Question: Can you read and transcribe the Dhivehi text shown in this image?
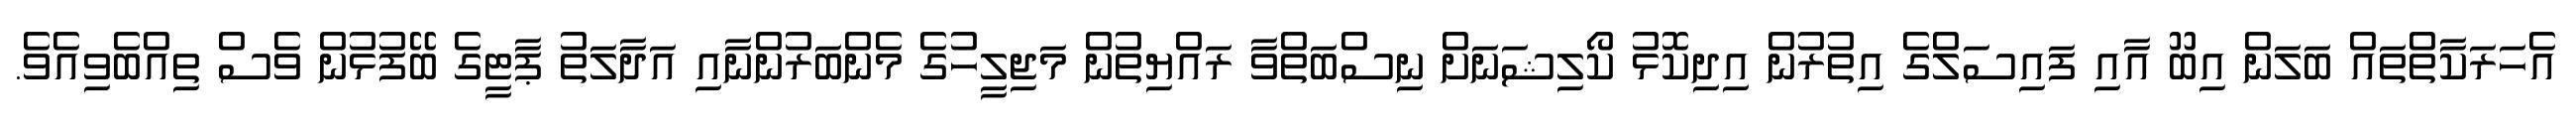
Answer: އެހަރަކާތްތައް ބަލަން އިބޫ އާއި ފައިސަލްގެ އިތުރުން އިދިކޮޅު ކޯލިޝަނަށް ނިސްބަތްވާ ރައްޔިތުން މަޖިލީހުގެ މެންބަރުންނާއި އަދާލަތު ޕާޓީގެ ބޭފުޅުން ވެސް ތިއްބެވިއެވެ.